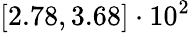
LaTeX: \left[2.78,3.68\right]\cdot 10^{2}